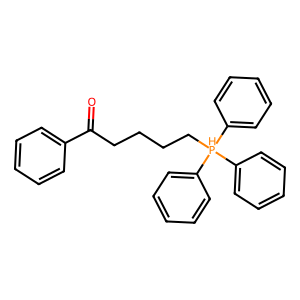
SMILES: O=C(CCCC[PH](c1ccccc1)(c1ccccc1)c1ccccc1)c1ccccc1
Inhibits HIV replication: No